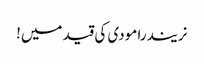
نریندرا مودی کی قید میں!